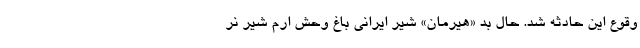
وقوع این حادثه شد. حال بد «هیرمان» شیر ایرانی باغ وحش ارم شیر نر